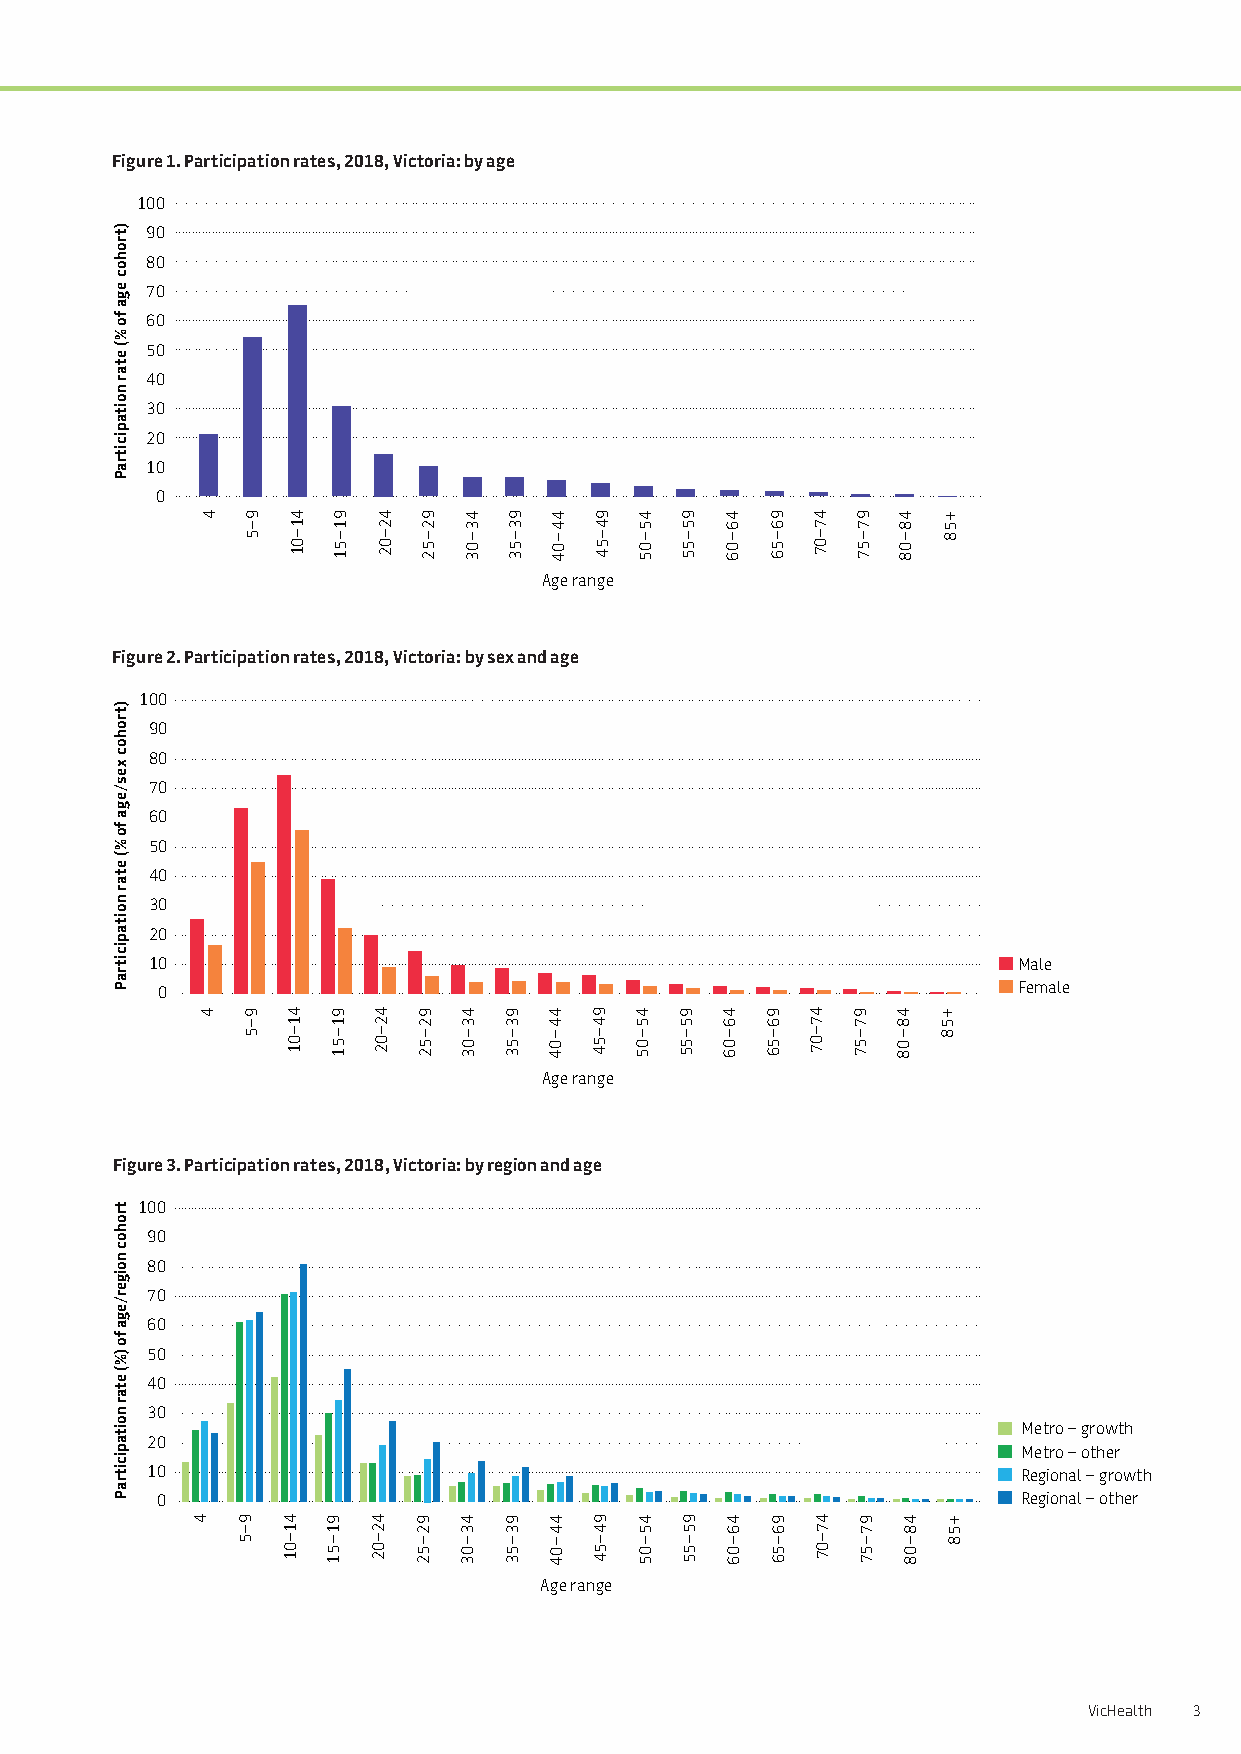
Figure 1. Participation rates, 2018, Victoria: by age
 100
 90
 80
 70
 60
 50
 40
 30
 20
 10
 0
 Age range
 Figure 2. Participation rates, 2018, Victoria: by sex and age
 100
 90
 80
 70
 60
 50
 40
 30
 20
 10                                                       Male
 0                                                        Female
 Age range
 Figure 3. Participation rates, 2018, Victoria: by region and age
 100
 90
 80
 70
 60
 50
 40
 30
 Metro – growth
 20
 Metro – other
 10                                                        Regional – growth
 0                                                         Regional – other
 Age range
 Sport participation in Victoria, 2018 | Research summary | Part 2: Discussion of key findings VicHealth 3
 )trohoc
 ega
 fo
 %(
 etar
 noitapicitraP
 )trohoc
 xes/ega
 fo
 %(
 etar
 noitapicitraP
 trohoc
 noiger/ega
 fo
 )%(
 etar
 noitapicitraP
 4
 4
 4
 9–5
 9–5
 9–5
 41–01
 41–01
 41–01
 91–51
 91–51
 91–51
 42–02
 42–02
 42–02
 92–52
 92–52
 92–52
 43–03
 43–03
 43–03
 93–53
 93–53
 93–53
 44–04
 44–04
 44–04
 94–54
 94–54
 94–54
 45–05
 45–05
 45–05
 95–55
 95–55
 95–55
 46–06
 46–06
 46–06
 96–56
 96–56
 96–56
 47–07
 47–07
 47–07
 97–57
 97–57
 97–57
 48–08
 48–08
 48–08
 +58
 +58
 +58